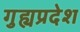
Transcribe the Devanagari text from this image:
गुह्यप्रदेश